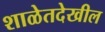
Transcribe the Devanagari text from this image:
शाळेतदेखील